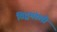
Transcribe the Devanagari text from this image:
विद्वमंडली